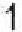
1